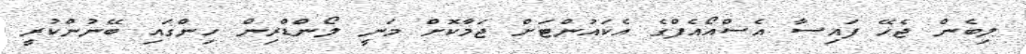
ލިބެން ޖެހޭ ފައިސާ އެސްއޯއެފްގެ އެކައުންޓަށް ޖަމާކޮށް މަނީ ލޯންޑްރިން ހިންގައި ބޭނުންކުރީ